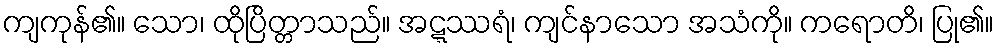
ကျကုန်၏။ သော၊ ထိုပြိတ္တာသည်။ အဋ္ဋဿရံ၊ ကျင်နာသော အသံကို။ ကရောတိ၊ ပြု၏။